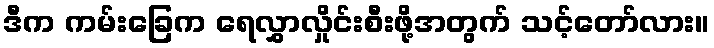
ဒီက ကမ်းခြေက ရေလွှာလှိုင်းစီးဖို့အတွက် သင့်တော်လား။